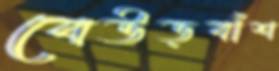
বেউড়বাঁশ